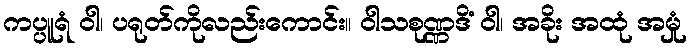
ကပ္ပူရံ ဝါ၊ ပရုတ်ကိုလည်းကောင်း။ ဝါသစုဏ္ဏဒိံ ဝါ၊ အခိုး အထုံ အမှုံ